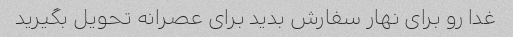
غدا رو برای نهار سفارش بدید برای عصرانه تحویل بگیرید